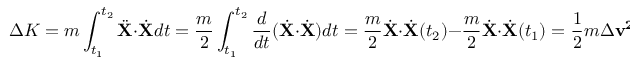
\Delta K = m \int _ { t _ { 1 } } ^ { t _ { 2 } } { \ddot { \mathbf { X } } } \cdot { \dot { \mathbf { X } } } d t = { \frac { m } { 2 } } \int _ { t _ { 1 } } ^ { t _ { 2 } } { \frac { d } { d t } } ( { \dot { \mathbf { X } } } \cdot { \dot { \mathbf { X } } } ) d t = { \frac { m } { 2 } } { \dot { \mathbf { X } } } \cdot { \dot { \mathbf { X } } } ( t _ { 2 } ) - { \frac { m } { 2 } } { \dot { \mathbf { X } } } \cdot { \dot { \mathbf { X } } } ( t _ { 1 } ) = { \frac { 1 } { 2 } } m \Delta \mathbf { v ^ { 2 } } ,